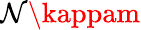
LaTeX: \mathcal{N}\kappam